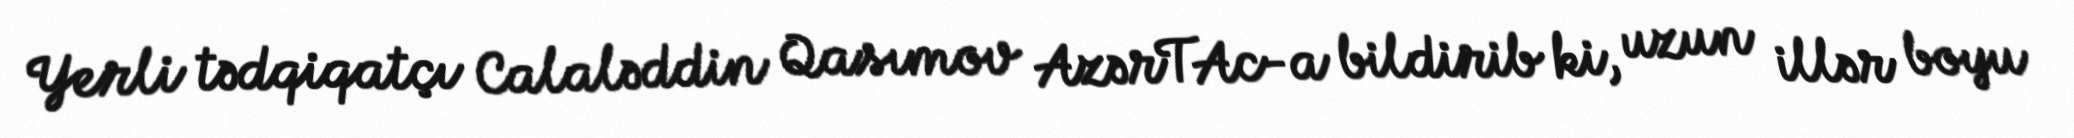
Yerli tədqiqatçı Calaləddin Qasımov AzərTAc-a bildirib ki, uzun illər boyu